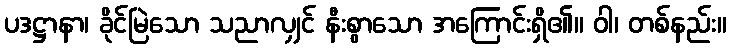
ပဒဋ္ဌာနာ၊ ခိုင်မြဲသော သညာလျှင် နီးစွာသော အကြောင်းရှိ၏။ ဝါ၊ တစ်နည်း။